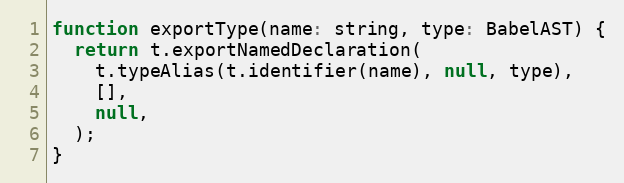
Language: JavaScript
function exportType(name: string, type: BabelAST) {
  return t.exportNamedDeclaration(
    t.typeAlias(t.identifier(name), null, type),
    [],
    null,
  );
}